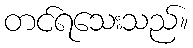
တင်ရသေးသည်။